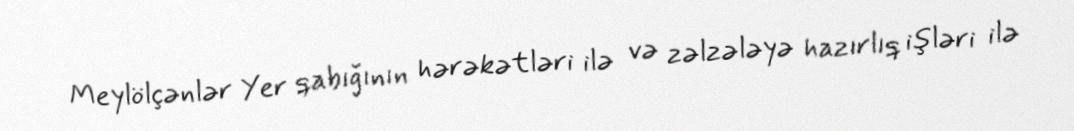
Meylölçənlər Yer qabığının hərəkətləri ilə və zəlzələyə hazırlıq işləri ilə